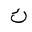
Letter: _kaf